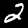
Digit: 2